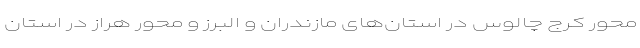
محور کرج چالوس در استان‌های مازندران و البرز و محور هراز در استان